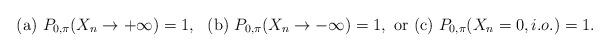
LaTeX: \begin{align*}\mbox{ (a) } P_{0,\pi}(X_n \rightarrow +\infty) = 1,~ \mbox{ (b) } P_{0,\pi}(X_n \rightarrow -\infty) = 1,~ \mbox{or (c) } P_{0,\pi}(X_n = 0, i.o.) = 1.\end{align*}